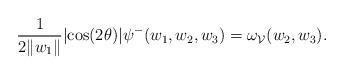
LaTeX: \begin{align*} \frac{1}{2\|w_1\|}|\mathrm{cos}(2\theta)|\psi^{-}(w_1,w_2,w_3)=\omega_{\mathcal{V}}(w_2,w_3).\end{align*}